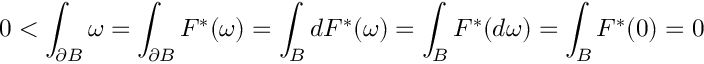
0 < \int _ { \partial B } \omega = \int _ { \partial B } F ^ { * } ( \omega ) = \int _ { B } d F ^ { * } ( \omega ) = \int _ { B } F ^ { * } ( d \omega ) = \int _ { B } F ^ { * } ( 0 ) = 0